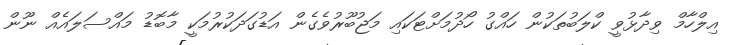
އިލްހާމް ވިދާޅުވީ ކްލަބުތަކުން ހައްގު ހޯދުމަށްޓަކައި މަޖުބޫރުވެގެން އަޑުގަދަކުރުމަކީ މާބޮޑު މައްސަލައެއް ނޫން